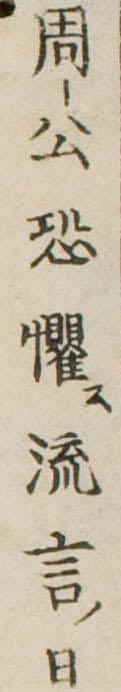
周公恐懼流言日